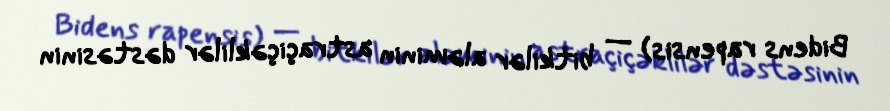
Bidens rapensis) — bitkilər aləminin astraçiçəklilər dəstəsinin